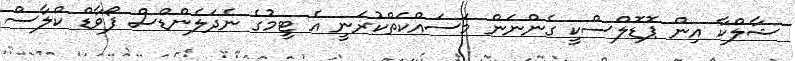
ޝާލްކާ އިން ޕޮޑޮލްސްކީ ގެންނަން މަސައްކަތްކުރަނީ އެ ޓީމުގެ ނެދަލެންޑްސް ފޯވާޑް ކްލާސް